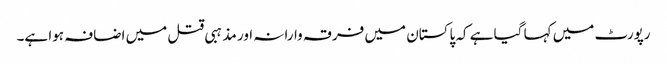
رپورٹ میں کہا گیا ہے کہ پاکستان میں فرقہ وارانہ اور مذہبی قتل میں اضافہ ہوا ہے۔